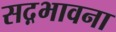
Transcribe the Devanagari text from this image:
सद़भावना